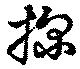
探